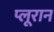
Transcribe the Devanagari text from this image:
प्लूरान